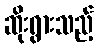
ဆိုးရွားသည့်